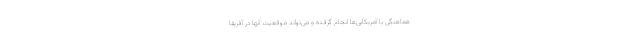
هماهنگی با آمریکایی‌ها انجام گرفته و می‌تواند موقعیت آنها در آفریقا